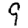
Digit: 9